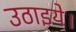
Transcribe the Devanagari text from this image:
उठाइये।